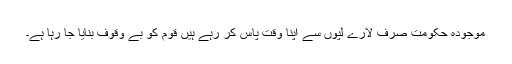
موجودہ حکومت صرف لارے لپوں سے اپنا وقت پاس کر رہے ہیں قوم کو بے وقوف بنایا جا رہا ہے۔